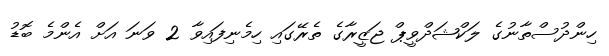
ހިންދުސްތާނުގެ ލަކްޝަދްވީޕް ޖަޒީރާގެ ތެރޭގައި ހިމެނިފައިވާ 2 ވަނަ އަށް އެންމެ ބޮޑު